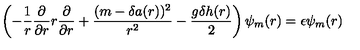
\left( - { \frac { 1 } { r } } { \frac { \partial } { \partial r } } r { \frac { \partial } { \partial r } } + { \frac { ( m - \delta a ( r ) ) ^ { 2 } } { r ^ { 2 } } } - { \frac { g \delta h ( r ) } { 2 } } \right) \psi _ { m } ( r ) = \epsilon \psi _ { m } ( r )